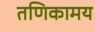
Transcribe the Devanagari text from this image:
तणिकामय